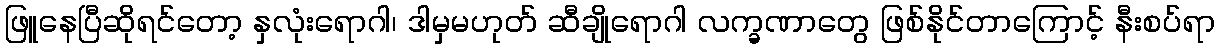
ဖြူနေပြီဆိုရင်တော့ နှလုံးရောဂါ၊ ဒါမှမဟုတ် ဆီချိုရောဂါ လက္ခဏာတွေ ဖြစ်နိုင်တာကြောင့် နီးစပ်ရာ